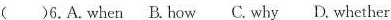
( )6.A.When B.How C.Why D.Whether